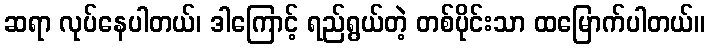
ဆရာ လုပ်နေပါတယ်၊ ဒါကြောင့် ရည်ရွယ်တဲ့ တစ်ပိုင်းသာ ထမြောက်ပါတယ်။